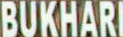
BUKHARI